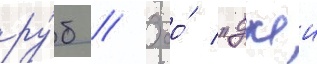
ру́б // Ооо́ "джеи